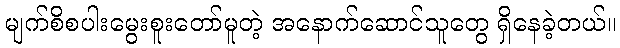
မျက်စိစပါးမွေးစူးတော်မူတဲ့ အနောက်ဆောင်သူတွေ ရှိနေခဲ့တယ်။